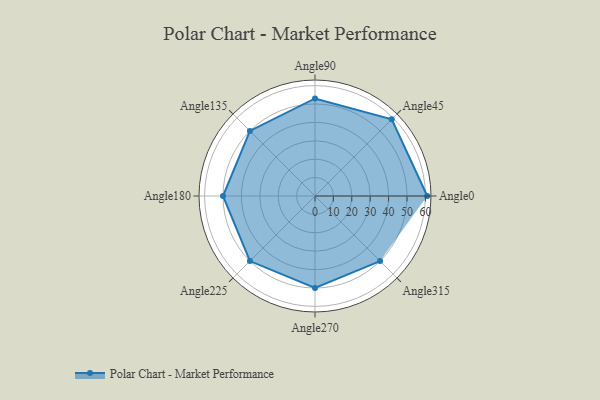
{"axis": {"x": "Angle", "y": "Radius"}, "legend": [""], "data": [{"x": "Angle0", "y": 61.0, "type": ""}, {"x": "Angle45", "y": 59.0, "type": ""}, {"x": "Angle90", "y": 53.0, "type": ""}, {"x": "Angle135", "y": 50, "type": ""}, {"x": "Angle180", "y": 50, "type": ""}, {"x": "Angle225", "y": 50, "type": ""}, {"x": "Angle270", "y": 50, "type": ""}, {"x": "Angle315", "y": 50, "type": ""}]}